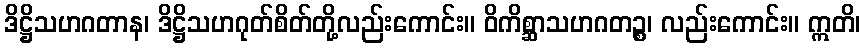
ဒိဋ္ဌိသဟဂတာန၊ ဒိဋ္ဌိသဟဂုတ်စိတ်တို့လည်းကောင်း။ ဝိကိစ္ဆာသဟဂတဉ္စ၊ လည်းကောင်း။ ဣတိ၊